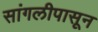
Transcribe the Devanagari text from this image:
सांगलीपासून